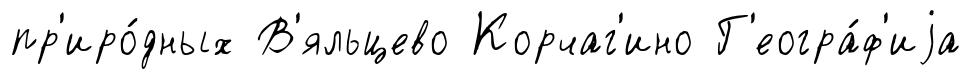
пр'иро́дных В'яльцево Корчаг'ино Г'еогра́ф'иjа